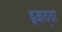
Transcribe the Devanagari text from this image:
इकठ्‌ठा